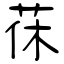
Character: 茠